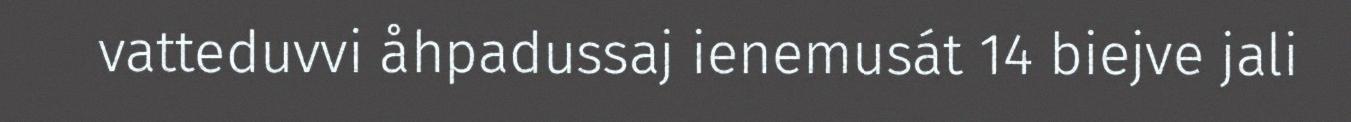
vatteduvvi åhpadussaj ienemusát 14 biejve jali